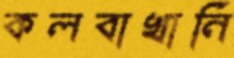
কলবাখানি